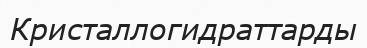
Кристаллогидраттарды